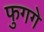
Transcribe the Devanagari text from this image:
फुगगे